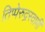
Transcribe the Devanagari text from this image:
तिप्पेरुद्रस्वामी